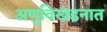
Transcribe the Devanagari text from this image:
अणुविखंडनात